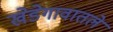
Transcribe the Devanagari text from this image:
खेडेगावातले